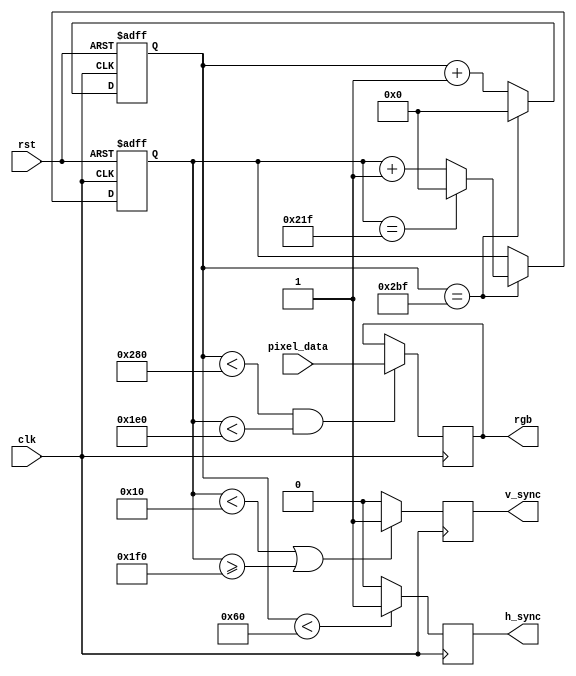
module vga_controller (
    input clk,
    input rst,
    input [7:0] pixel_data,
    output reg h_sync,
    output reg v_sync,
    output reg [7:0] rgb
);

// Define necessary timing parameters
parameter H_RES = 640;
parameter V_RES = 480;
parameter H_SYNC_CYC = 96;
parameter V_SYNC_CYC = 2;
parameter FRONT_PORCH = 16;
parameter BACK_PORCH = 48;

// Timing counters
reg [9:0] h_counter;
reg [9:0] v_counter;

// RGB generation logic
always @(posedge clk) begin
    if (h_counter < H_RES && v_counter < V_RES) begin
        rgb <= pixel_data; // Assign pixel data to RGB output
    end
end

// Horizontal sync generation
always @(posedge clk) begin
    if (h_counter < H_SYNC_CYC) begin
        h_sync <= 1;
    end else begin
        h_sync <= 0;
    end
end

// Vertical sync generation
always @(posedge clk) begin
    if (v_counter < FRONT_PORCH || v_counter >= V_RES + FRONT_PORCH) begin
        v_sync <= 1;
    end else begin
        v_sync <= 0;
    end
end

// Timing control
always @(posedge clk or posedge rst) begin
    if (rst) begin
        h_counter <= 0;
        v_counter <= 0;
    end else begin
        if (h_counter == H_RES + FRONT_PORCH + BACK_PORCH - 1) begin
            h_counter <= 0;
            if (v_counter == V_RES + FRONT_PORCH + BACK_PORCH - 1) begin
                v_counter <= 0;
            end else begin
                v_counter <= v_counter + 1;
            end
        end else begin
            h_counter <= h_counter + 1;
        end
    end
end

endmodule